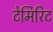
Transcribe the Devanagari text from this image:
टेमिरिट